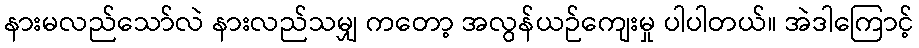
နားမလည်သော်လဲ နားလည်သမျှ ကတော့ အလွန်ယဉ်ကျေးမှု ပါပါတယ်။ အဲဒါကြောင့်